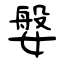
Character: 媻